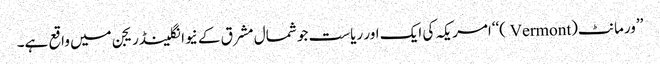
’’ورمانٹ(Vermont )‘‘امریکہ کی ایک اور ریاست جو شمال مشرق کے نیوانگلینڈریجن میں واقع ہے۔